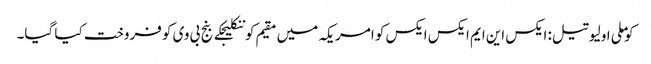
کوملی اولیو تیل: ایکس این ایم ایکس ایکس کو امریکہ میں مقیم کوننکلیجکے بنج بی وی کو فروخت کیا گیا۔